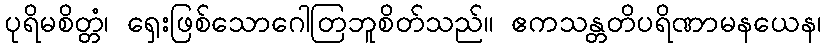
ပုရိမစိတ္တံ၊ ရှေးဖြစ်သောဂေါတြဘူစိတ်သည်။ ဧကသန္တတိပရိဏာမနယေန၊